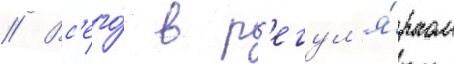
// Вс'его́ в р'егул'я́рном